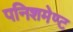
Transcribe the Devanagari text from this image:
पनिशमेण्ट